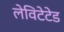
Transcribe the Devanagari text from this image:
लेविटेटेड